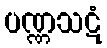
ပဏ္ဏသဋံ